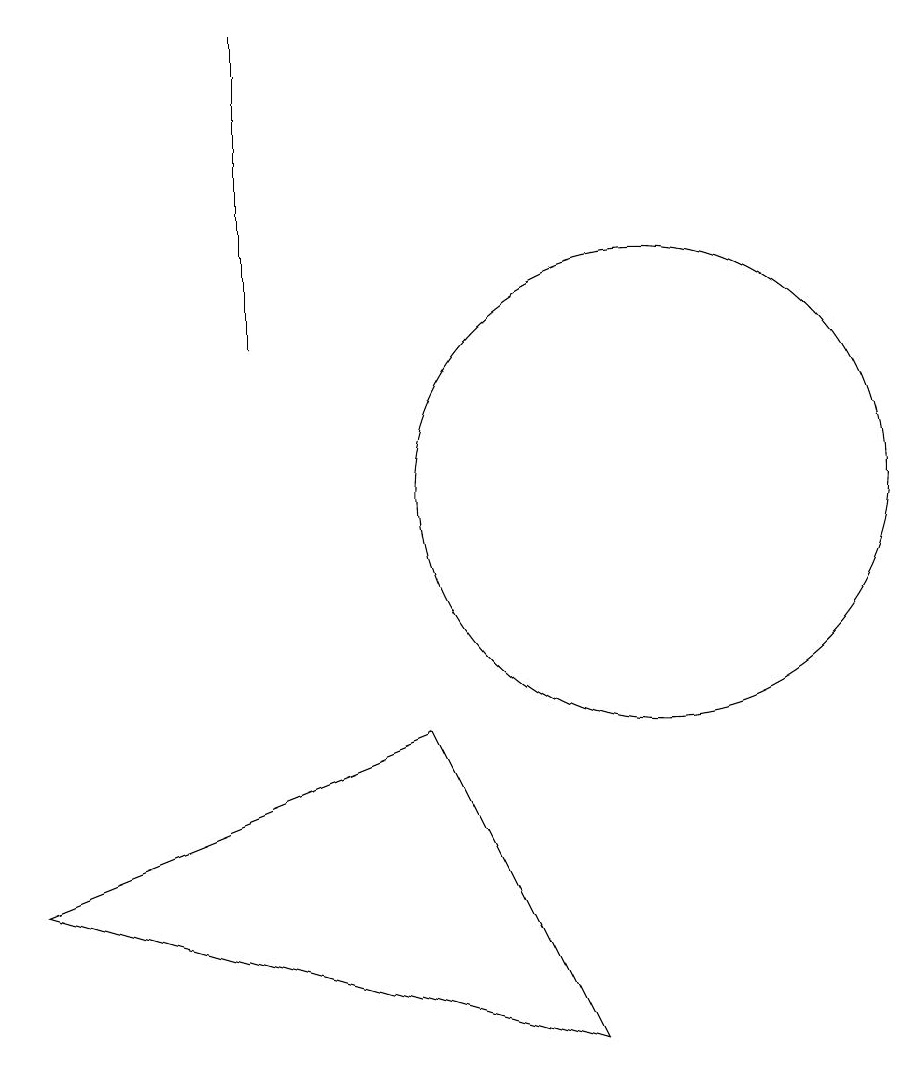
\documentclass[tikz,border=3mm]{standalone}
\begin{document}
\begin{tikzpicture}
\draw (7,7) -- (2,5) -- (9,3) -- cycle;
\draw (10,10) circle (3);
\draw (5,16) rectangle (5,12);
\draw (10,10) circle (0);
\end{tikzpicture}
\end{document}